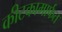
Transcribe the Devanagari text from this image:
कीटकामार्फत